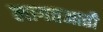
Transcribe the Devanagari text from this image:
लागतआती